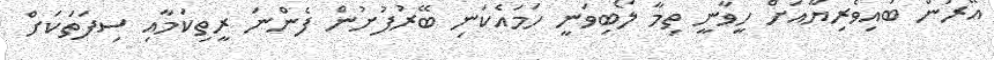
އޭރުން ބައިވެރިޔާއަށް ހީވާނީ ތިމާ ލޯބިވަނީ ހަމައެކަނި ބޭރުފުށުން ފެންނަ ރީތިކަމާއި ސިފަތަކަށް